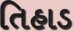
તિહાડ